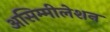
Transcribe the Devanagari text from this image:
असिम्मीलेशन